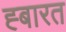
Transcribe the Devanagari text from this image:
ह्बारत